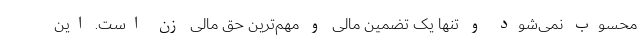
محسوب نمی‌شود و تنها یک تضمین مالی و مهم‌ترین حق مالی زن است. این